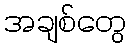
အချစ်တွေ